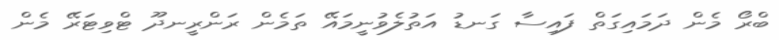
ބްރޯ މެން ދަމައިގަތް ފައިސާ ގަނޑު އަތުލެވުނީމައޭ ތަމެން ރަންރީނދޫ ޓްވިޓަރޭ މެން